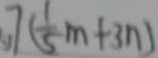
7 ( \frac { 1 } { 5 } m + 3 n )